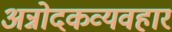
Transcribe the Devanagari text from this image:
अन्नोदकव्यवहार